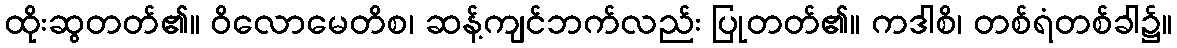
ထိုးဆွတတ်၏။ ဝိလောမေတိစ၊ ဆန့်ကျင်ဘက်လည်း ပြုတတ်၏။ ကဒါစိ၊ တစ်ရံတစ်ခါ၌။